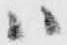
ハ